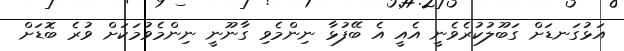
އަޅުގަނޑަށް ގަބޫލުކުރެވެނީ އެއީ އެ ބޭފުޅާ ނިންމެވި ގާނޫނީ ނިންމެވުމަކަށް ވުރެ ބޮޑަށް